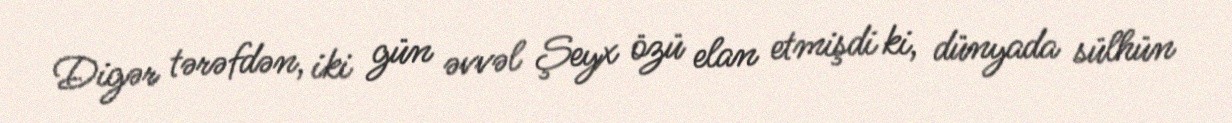
Digər tərəfdən, iki gün əvvəl Şeyx özü elan etmişdi ki, dünyada sülhün